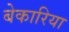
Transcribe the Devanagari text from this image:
बेकारिया